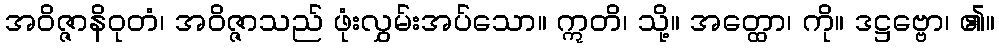
အဝိဇ္ဇာနိဝုတံ၊ အဝိဇ္ဇာသည် ဖုံးလွှမ်းအပ်သော။ ဣတိ၊ သို့။ အတ္ထော၊ ကို။ ဒဋ္ဌဗ္ဗော၊ ၏။